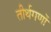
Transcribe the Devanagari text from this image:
तीर्थगणों